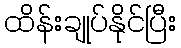
ထိန်းချုပ်နိုင်ပြီး